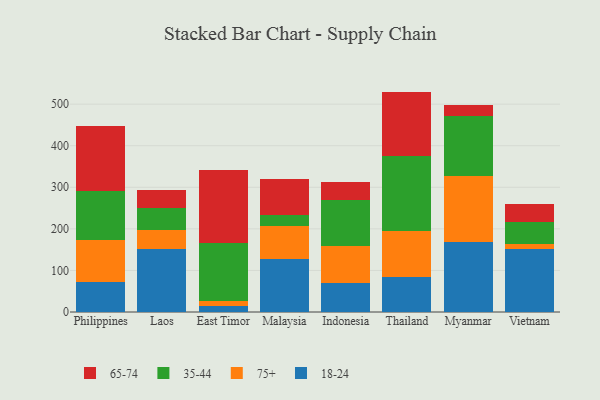
{"axis": {"x": "Country", "y": "Shipments"}, "legend": ["18-24", "35-44", "65-74", "75+"], "data": [{"x": "Philippines", "y": 72.6, "type": "18-24"}, {"x": "Philippines", "y": 99.7, "type": "75+"}, {"x": "Philippines", "y": 119.2, "type": "35-44"}, {"x": "Philippines", "y": 155.2, "type": "65-74"}, {"x": "Laos", "y": 151.3, "type": "18-24"}, {"x": "Laos", "y": 46.6, "type": "75+"}, {"x": "Laos", "y": 51.1, "type": "35-44"}, {"x": "Laos", "y": 44.8, "type": "65-74"}, {"x": "East Timor", "y": 14.7, "type": "18-24"}, {"x": "East Timor", "y": 10.9, "type": "75+"}, {"x": "East Timor", "y": 139.7, "type": "35-44"}, {"x": "East Timor", "y": 176.4, "type": "65-74"}, {"x": "Malaysia", "y": 128.5, "type": "18-24"}, {"x": "Malaysia", "y": 78.2, "type": "75+"}, {"x": "Malaysia", "y": 25.5, "type": "35-44"}, {"x": "Malaysia", "y": 87.9, "type": "65-74"}, {"x": "Indonesia", "y": 70.0, "type": "18-24"}, {"x": "Indonesia", "y": 88.8, "type": "75+"}, {"x": "Indonesia", "y": 111.2, "type": "35-44"}, {"x": "Indonesia", "y": 41.6, "type": "65-74"}, {"x": "Thailand", "y": 83.9, "type": "18-24"}, {"x": "Thailand", "y": 111.7, "type": "75+"}, {"x": "Thailand", "y": 179.9, "type": "35-44"}, {"x": "Thailand", "y": 154.7, "type": "65-74"}, {"x": "Myanmar", "y": 169.0, "type": "18-24"}, {"x": "Myanmar", "y": 159.1, "type": "75+"}, {"x": "Myanmar", "y": 143.5, "type": "35-44"}, {"x": "Myanmar", "y": 25.5, "type": "65-74"}, {"x": "Vietnam", "y": 150.8, "type": "18-24"}, {"x": "Vietnam", "y": 13.9, "type": "75+"}, {"x": "Vietnam", "y": 52.0, "type": "35-44"}, {"x": "Vietnam", "y": 42.3, "type": "65-74"}]}